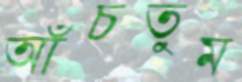
আঁচতুম